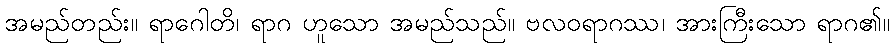
အမည်တည်း။ ရာဂေါတိ၊ ရာဂ ဟူသော အမည်သည်။ ဗလဝရာဂဿ၊ အားကြီးသော ရာဂ၏။